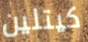
كيتلين